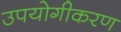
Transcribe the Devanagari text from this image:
उपयोगीकरण